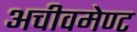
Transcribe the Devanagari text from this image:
अचीवमेण्ट